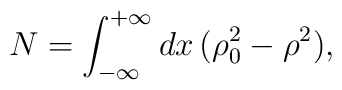
N=\int_{-\infty}^{+\infty}dx\,(\rho_0^2-\rho^2),